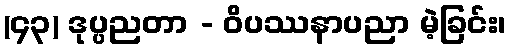
(၄၃) ဒုပ္ပညတာ - ဝိပဿနာပညာ မဲ့ခြင်း၊